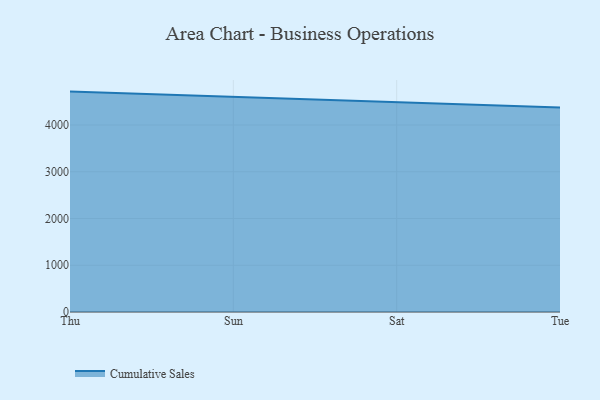
{"axis": {"x": "Day", "y": "Production Output"}, "legend": ["Cumulative Sales"], "data": [{"x": "Thu", "y": 4714.2, "type": "Cumulative Sales"}, {"x": "Sun", "y": 4600.0, "type": "Cumulative Sales"}, {"x": "Sat", "y": 4478.5, "type": "Cumulative Sales"}, {"x": "Tue", "y": 4371.9, "type": "Cumulative Sales"}]}